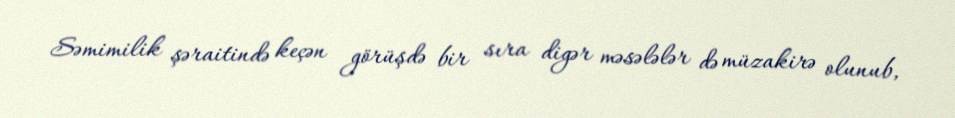
Səmimilik şəraitində keçən görüşdə bir sıra digər məsələlər də müzakirə olunub,